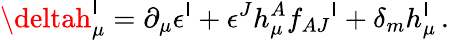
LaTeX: \deltah_{\mu}^{\mathsf{I}}=\partial_{\mu}\epsilon^{\mathsf{I}}+\epsilon^{J}h_{\mu}^{A}f_{AJ}{}^{\mathsf{I}}+\delta_{m}h_{\mu}^{\mathsf{I}}\, .